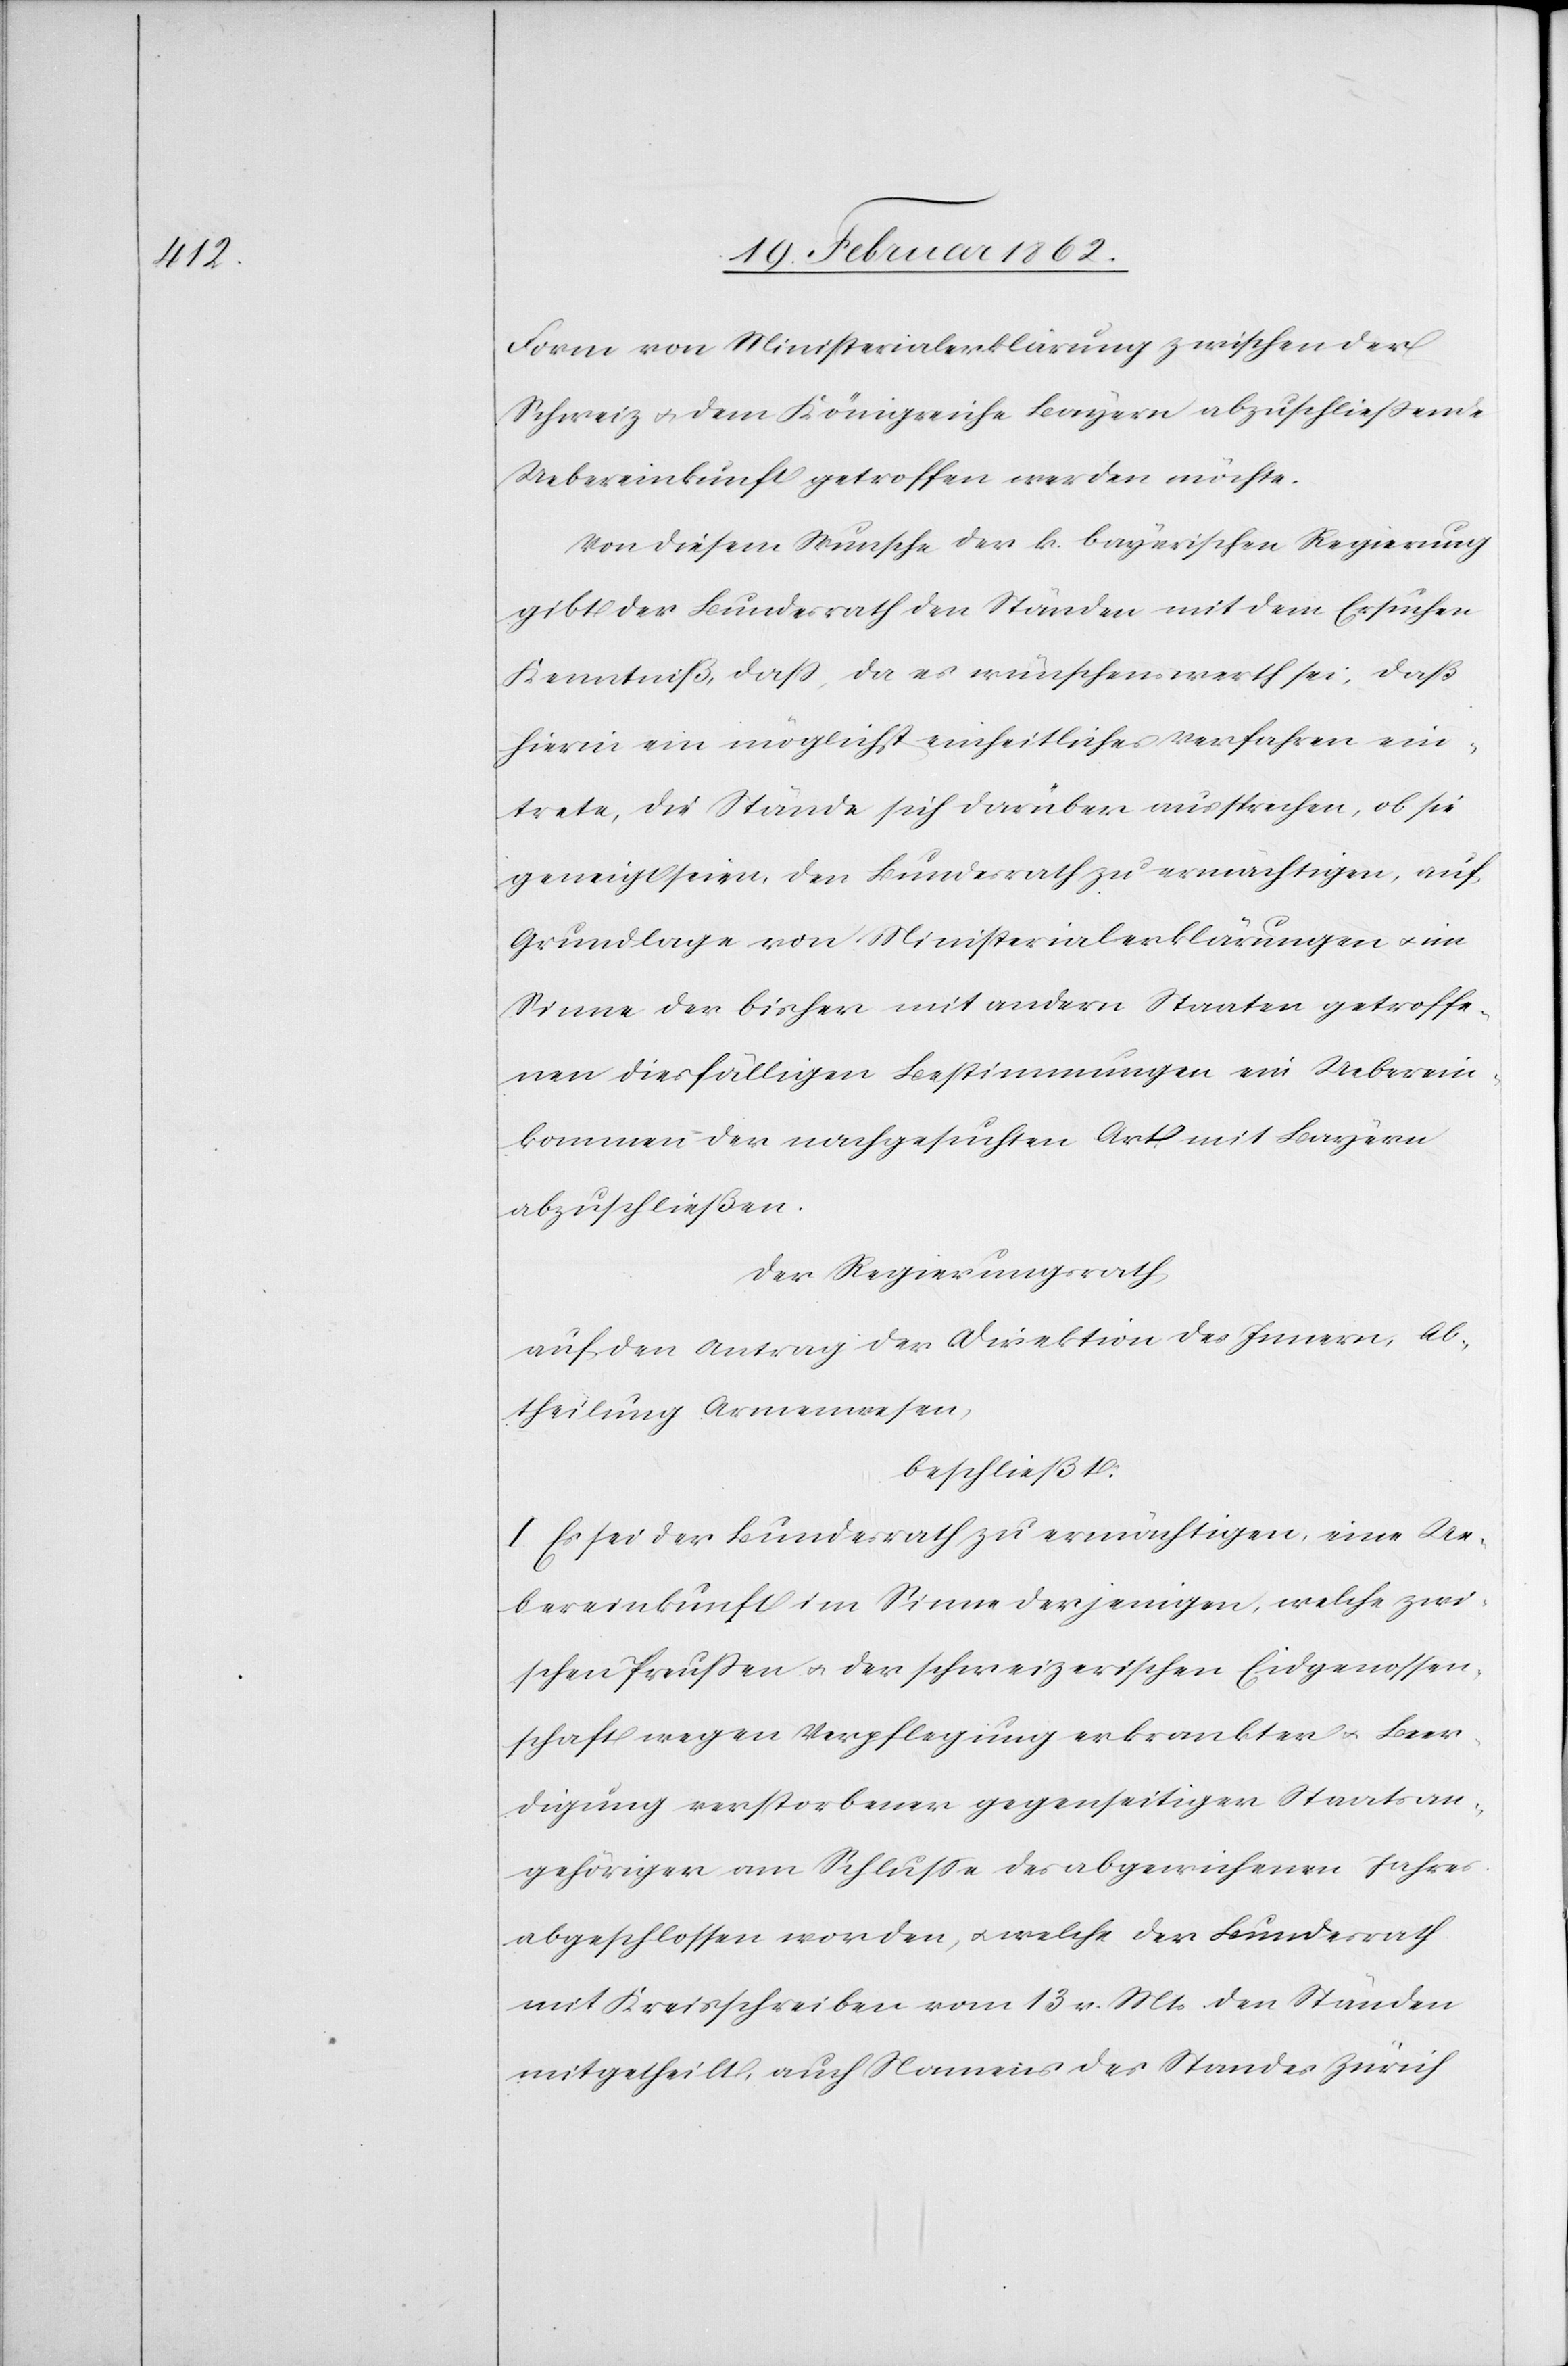
Form von Ministerialerklärung zwischen der
Schweiz u. dem Königreiche Bayern abzuschließende
Uebereinkunft getroffen werden möchte.
Von diesem Wunsche der k. bayerischen Regierung
gibt der Bundesrath den Ständen mit dem Ersuchen
Kenntniß, daß, da es wünschenswerth sei, daß
hierin ein möglichst einheitliches Verfahren ein¬
trete, die Stände sich darüber aussprechen, ob sie
geneigt seien, den Bundesrath zu ermächtigen, auf
Grundlage von Ministerialerklärungen u. im
Sinne der bisher mit andern Staaten getroffe¬
nen diesfälligen Bestimmungen ein Ueberein¬
kommen der nachgesuchten Art mit Bayern
abzuschließen.
Der Regierungsrath
auf den Antrag der Direktion des Innern, Ab¬
theilung Armenwesen,
beschließt:
I. Es sei der Bundesrath zu ermächtigen, eine Ue¬
bereinkunft im Sinne derjenigen, welche zwi¬
schen Preußen u. der schweizerischen Eidgenossen¬
schaft wegen Verpflegung erkrankter u. Beer¬
digung verstorbener gegenseitiger Staatsan¬
gehöriger am Schluße des abgewichenen Jahres
abgeschlossen worden, u. welche der Bundesrath
mit Kreisschreiben vom 13 v. Mts den Ständen
mitgetheilt, auch Namens des Standes Zürich